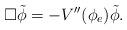
LaTeX: \begin{align*}\square \tilde\phi = -V''(\phi_e)\tilde\phi.\end{align*}